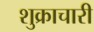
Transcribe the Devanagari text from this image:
शुक्राचारी